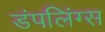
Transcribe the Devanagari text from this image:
डंपलिंग्स